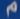
p